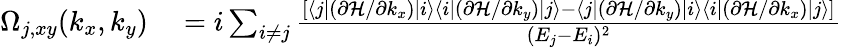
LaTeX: \begin{array}{rl}{\Omega_{j,xy}(k_{x},k_{y})}&{{}=i\sum_{i\neq j}\frac{[\langle j|(\partial{\cal H}/\partial k_{x})|i\rangle\langle i|(\partial{\cal H}/\partial k_{y})|j\rangle-\langle j|(\partial{\cal H}/\partial k_{y})|i\rangle\langle i|(\partial{\cal H}/\partial k_{x})|j\rangle]}{(E_{j}-E_{i})^{2}}}\end{array}